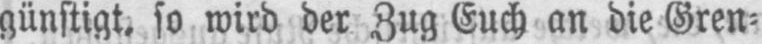
günstigt, so wird der Zug Euch an die Gren⸗